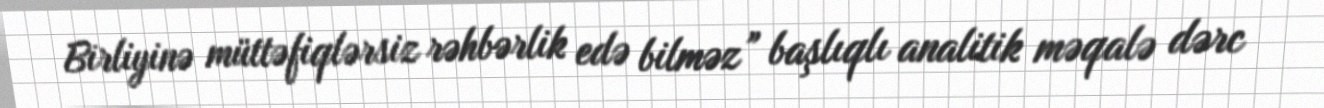
Birliyinə müttəfiqlərsiz rəhbərlik edə bilməz” başlıqlı analitik məqalə dərc